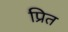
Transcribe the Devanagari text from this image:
प्रित